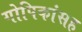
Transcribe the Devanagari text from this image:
गोपिकांसह